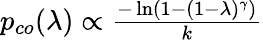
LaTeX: \begin{array}{r}{p_{co}(\lambda)\propto\frac{-\ln(1-(1-\lambda)^{\gamma})}{k}}\end{array}